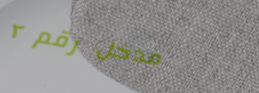
مدخل رقم ٢